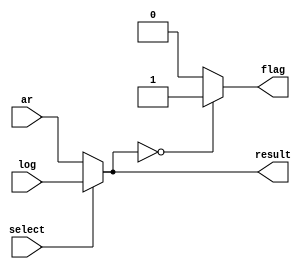
module Multiplexer(input[31:0] ar, log, input select, output reg [31:0] result, output reg flag);
    always @ (*) begin
        if(select == 0) result = ar;
        else result = log;
        
        if(result == 32'b0) flag = 1;
        else flag = 0;
    end
endmodule